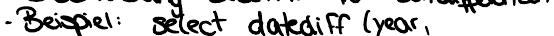
- Beispiel: select datediff year